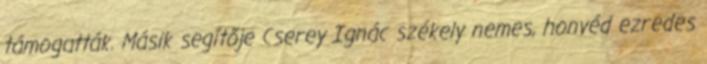
támogatták. Másik segítője Cserey Ignác székely nemes, honvéd ezredes